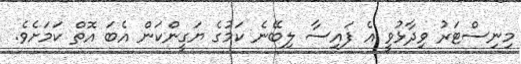
މިނިސްޓަރު ވިދާޅުވީ އެ ފައިސާ ލިބޭނެ ކަމުގެ ޔަގީންކަން އެބަ އޮތް ކަމަށެވެ.